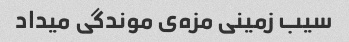
سیب زمینی مزه‌ی موندگی میداد